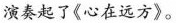
演奏起了《心在远方》。